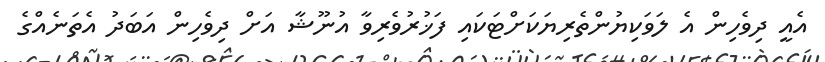
އެއީ ދިވެހިން އެ ލަވަކިޔުންތެރިޔަކަށްޓަކައި ފަޚުރުވެރިވާ އުނޫޝާ އަށް ދިވެހިން އަބަދު އެތަނެއްގެ